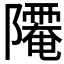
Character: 𨽅